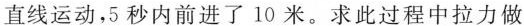
直线运动，5秒内前进了10米。求此过程中拉力做